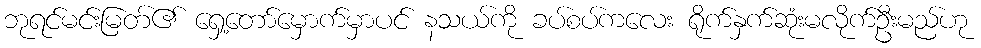
ဘုရင်မင်းမြတ်၏ ရှေ့တော်မှောက်မှာပင် နသယ်ကို ခပ်စပ်ကလေး ရိုက်နှက်ဆုံးမလိုက်ဦးမည်ဟု